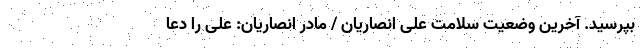
بپرسید. آخرین وضعیت سلامت علی انصاریان / مادر انصاریان: علی را دعا